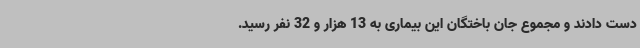
دست دادند و مجموع جان باختگان این بیماری به 13 هزار و 32 نفر رسید.